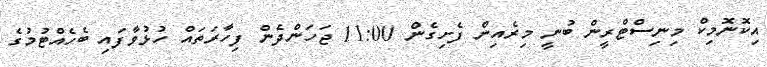
އިކޮނޮމިކް މިނިސްޓްރީން ބުނީ މިރެއިން ފެށިގެން 11:00 ޖަހަންދެން ފިހާރަތައް ހުޅުވާފައި ބެހެއްޓުމުގެ